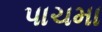
પાચમા